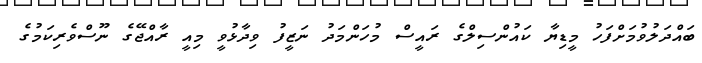
ބައްދަލުވުމަށްފަހު މީޑިޔާ ކައުންސިލްގެ ރައީސް މުހަންމަދު ނަޒީފު ވިދާޅުވީ މިއީ ރާއްޖޭގެ ނޫސްވެރިކަމުގެ